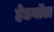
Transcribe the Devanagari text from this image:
हेडबॉल